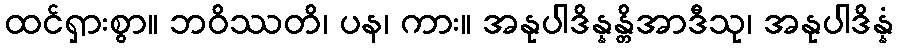
ထင်ရှားစွာ။ ဘဝိဿတိ၊ ပန၊ ကား။ အနုပါဒိန္နန္တိအာဒီသု၊ အနုပါဒိန္နံ